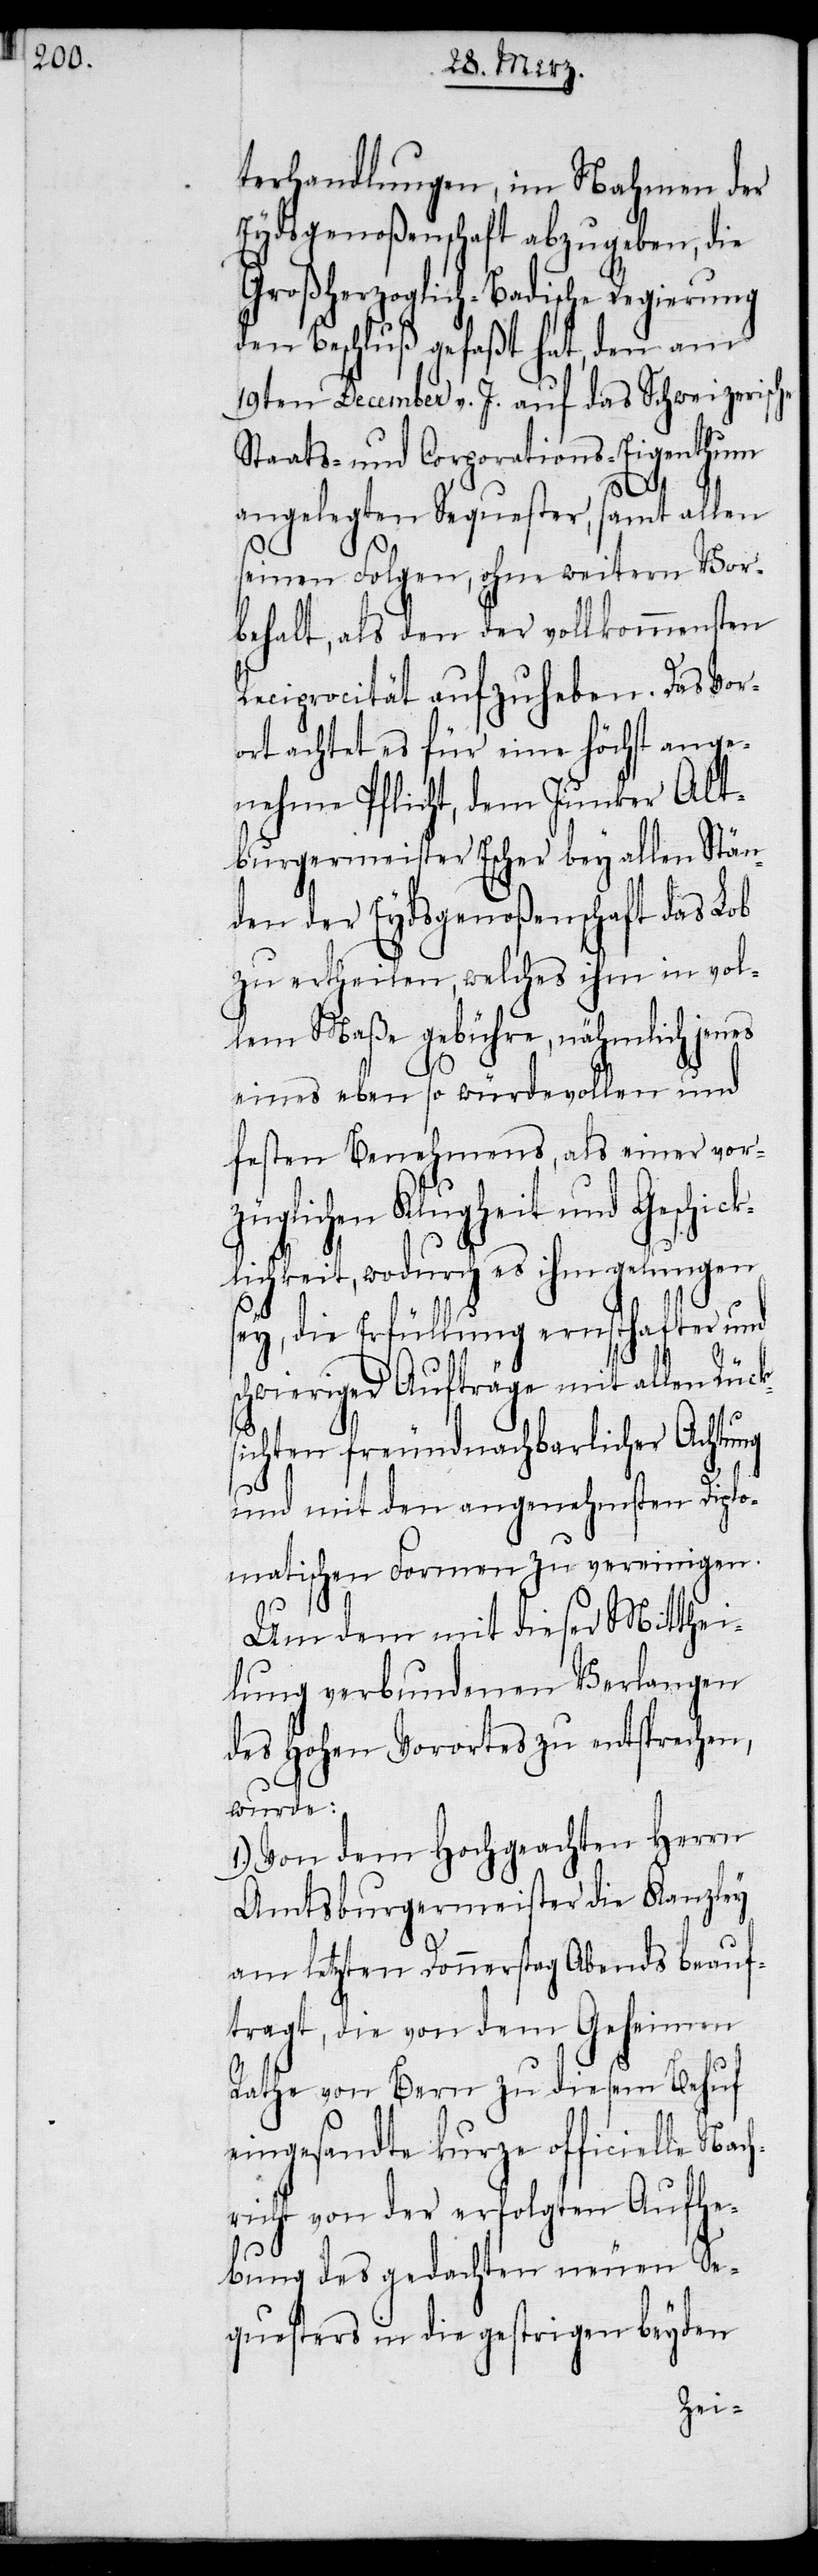
terhandlungen, im Nahmen der
Eydsgenoßenschaft abzugeben, die
Großherzoglich-Badische Regierung
den Beschluß gefaßt hat, den am
19ten December v. J. auf das Schweizerische
Staats- und Corporations-Eigenthum
ks¬
angelegten Sequester, samt allen
seinen Folgen, ohne weitern Vor¬
behalt, als den der vollkommensten
Reciprocität aufzuheben. Das Vor¬
ort achtet es für eine höchst ange¬
nehme Pflicht, dem Junker Alt¬
burgermeister Escher bey allen Stän¬
den der Eydsgenoßenschaft das Lob
zu ertheilen, welches ihm in vol¬
lem Maße gebühre, nähmlich jenes
eines eben so würdevollen und
festen Benehmens, als einer vor¬
züglichen Klugheit und Geschick¬
lichkeit, wodurch es ihm gelungen
sey, die Erfüllung ernsthafter und
schwieriger Aufträge mit allen Rüc¬
ichten freundnachbarlicher Achtung
und mit den angenehmsten Diplo¬
matischen Formen zu vereinigen.
Um dem mit dieser Mitthei¬
lung verbundenen Verlangen
des Hohen Vorortes zu entsprechen,
wurde:
1.) Von dem Hochgeachten Herrn
Amtsburgermeister die Kanzley
am letzten Donnerstag Abends beauf¬
tragt, die von dem Geheimen
Rathe von Bern zu diesem Behuf
eingesandte kurze officielle Nach¬
richt von der erfolgten Aufhe¬
bung des gedachten neuen Se¬
questers in die gestrigen beyden